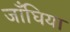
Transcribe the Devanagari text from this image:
जाँघिया